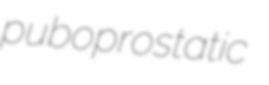
puboprostatic